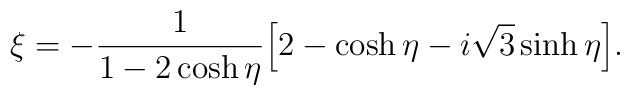
\xi=-\frac{1}{1-2\cosh\eta}\Bigl[2-\cosh\eta-i\sqrt{3}\sinh\eta\Bigr].